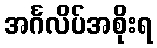
အင်္ဂလိပ်အစိုးရ